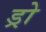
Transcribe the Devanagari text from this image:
ड्रो